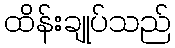
ထိန်းချုပ်သည်